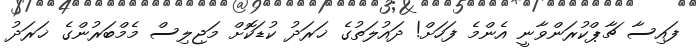
ފައިސާ ޗާޕްކުރަންވާނީ އެންމެ ފަހަށް! ދައުލަތުގެ ޚަރަދު ކުޑަކޮށް މަޖިލިސް މެމްބަރުންގެ ޚަރަދު